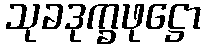
သုခဒုက္ခဖုဋ္ဌော